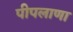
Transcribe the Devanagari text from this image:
पीपलाणा